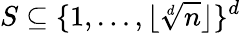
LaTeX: S\subseteq\{ 1,\dots,\lfloor\sqrt[d]{n}\rfloor\} ^{d}